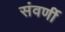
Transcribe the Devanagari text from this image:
संवर्णी